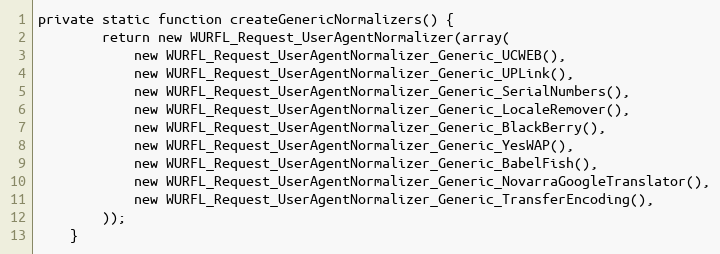
Language: PHP
private static function createGenericNormalizers() {
		return new WURFL_Request_UserAgentNormalizer(array(
			new WURFL_Request_UserAgentNormalizer_Generic_UCWEB(),
			new WURFL_Request_UserAgentNormalizer_Generic_UPLink(),
			new WURFL_Request_UserAgentNormalizer_Generic_SerialNumbers(),
			new WURFL_Request_UserAgentNormalizer_Generic_LocaleRemover(),
			new WURFL_Request_UserAgentNormalizer_Generic_BlackBerry(),
			new WURFL_Request_UserAgentNormalizer_Generic_YesWAP(),
			new WURFL_Request_UserAgentNormalizer_Generic_BabelFish(),
			new WURFL_Request_UserAgentNormalizer_Generic_NovarraGoogleTranslator(),
			new WURFL_Request_UserAgentNormalizer_Generic_TransferEncoding(),
		));
	}